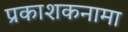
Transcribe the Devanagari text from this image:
प्रकाशकनामा